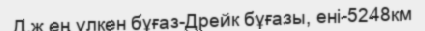
Д.ж ең үлкен бұғаз-Дрейк бұғазы, ені-5248км